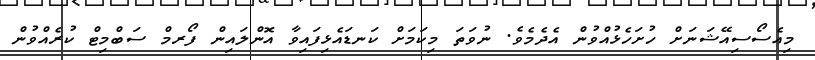
މިއެސޯސިއޭޝަނަށް ހުށަހެޅުއްވުން އެދެމެވެ. ނުވަތަ މިކަމަށް ކަނޑައެޅިފައިވާ އޮންލައިން ފޯރމް ސަބްމިޓް ކުރެއްވުން